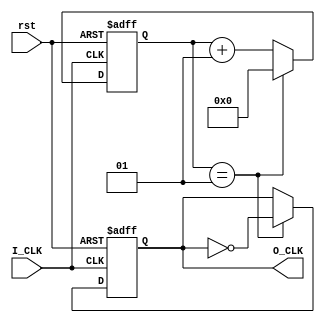
`timescale 1ns / 1ns

module divider#(parameter num = 2)(
    input I_CLK,
    input rst,
    output reg O_CLK
    );
    integer i = 0;
    always @ (posedge I_CLK or posedge rst) begin
        if(rst == 1) begin
            O_CLK <= 0; i <= 0; end
        else begin
            if(i == num - 1) begin
                O_CLK <= ~O_CLK; i <= 0; end
            else begin
                i <= i + 1; end
        end
    end
endmodule